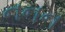
નનન